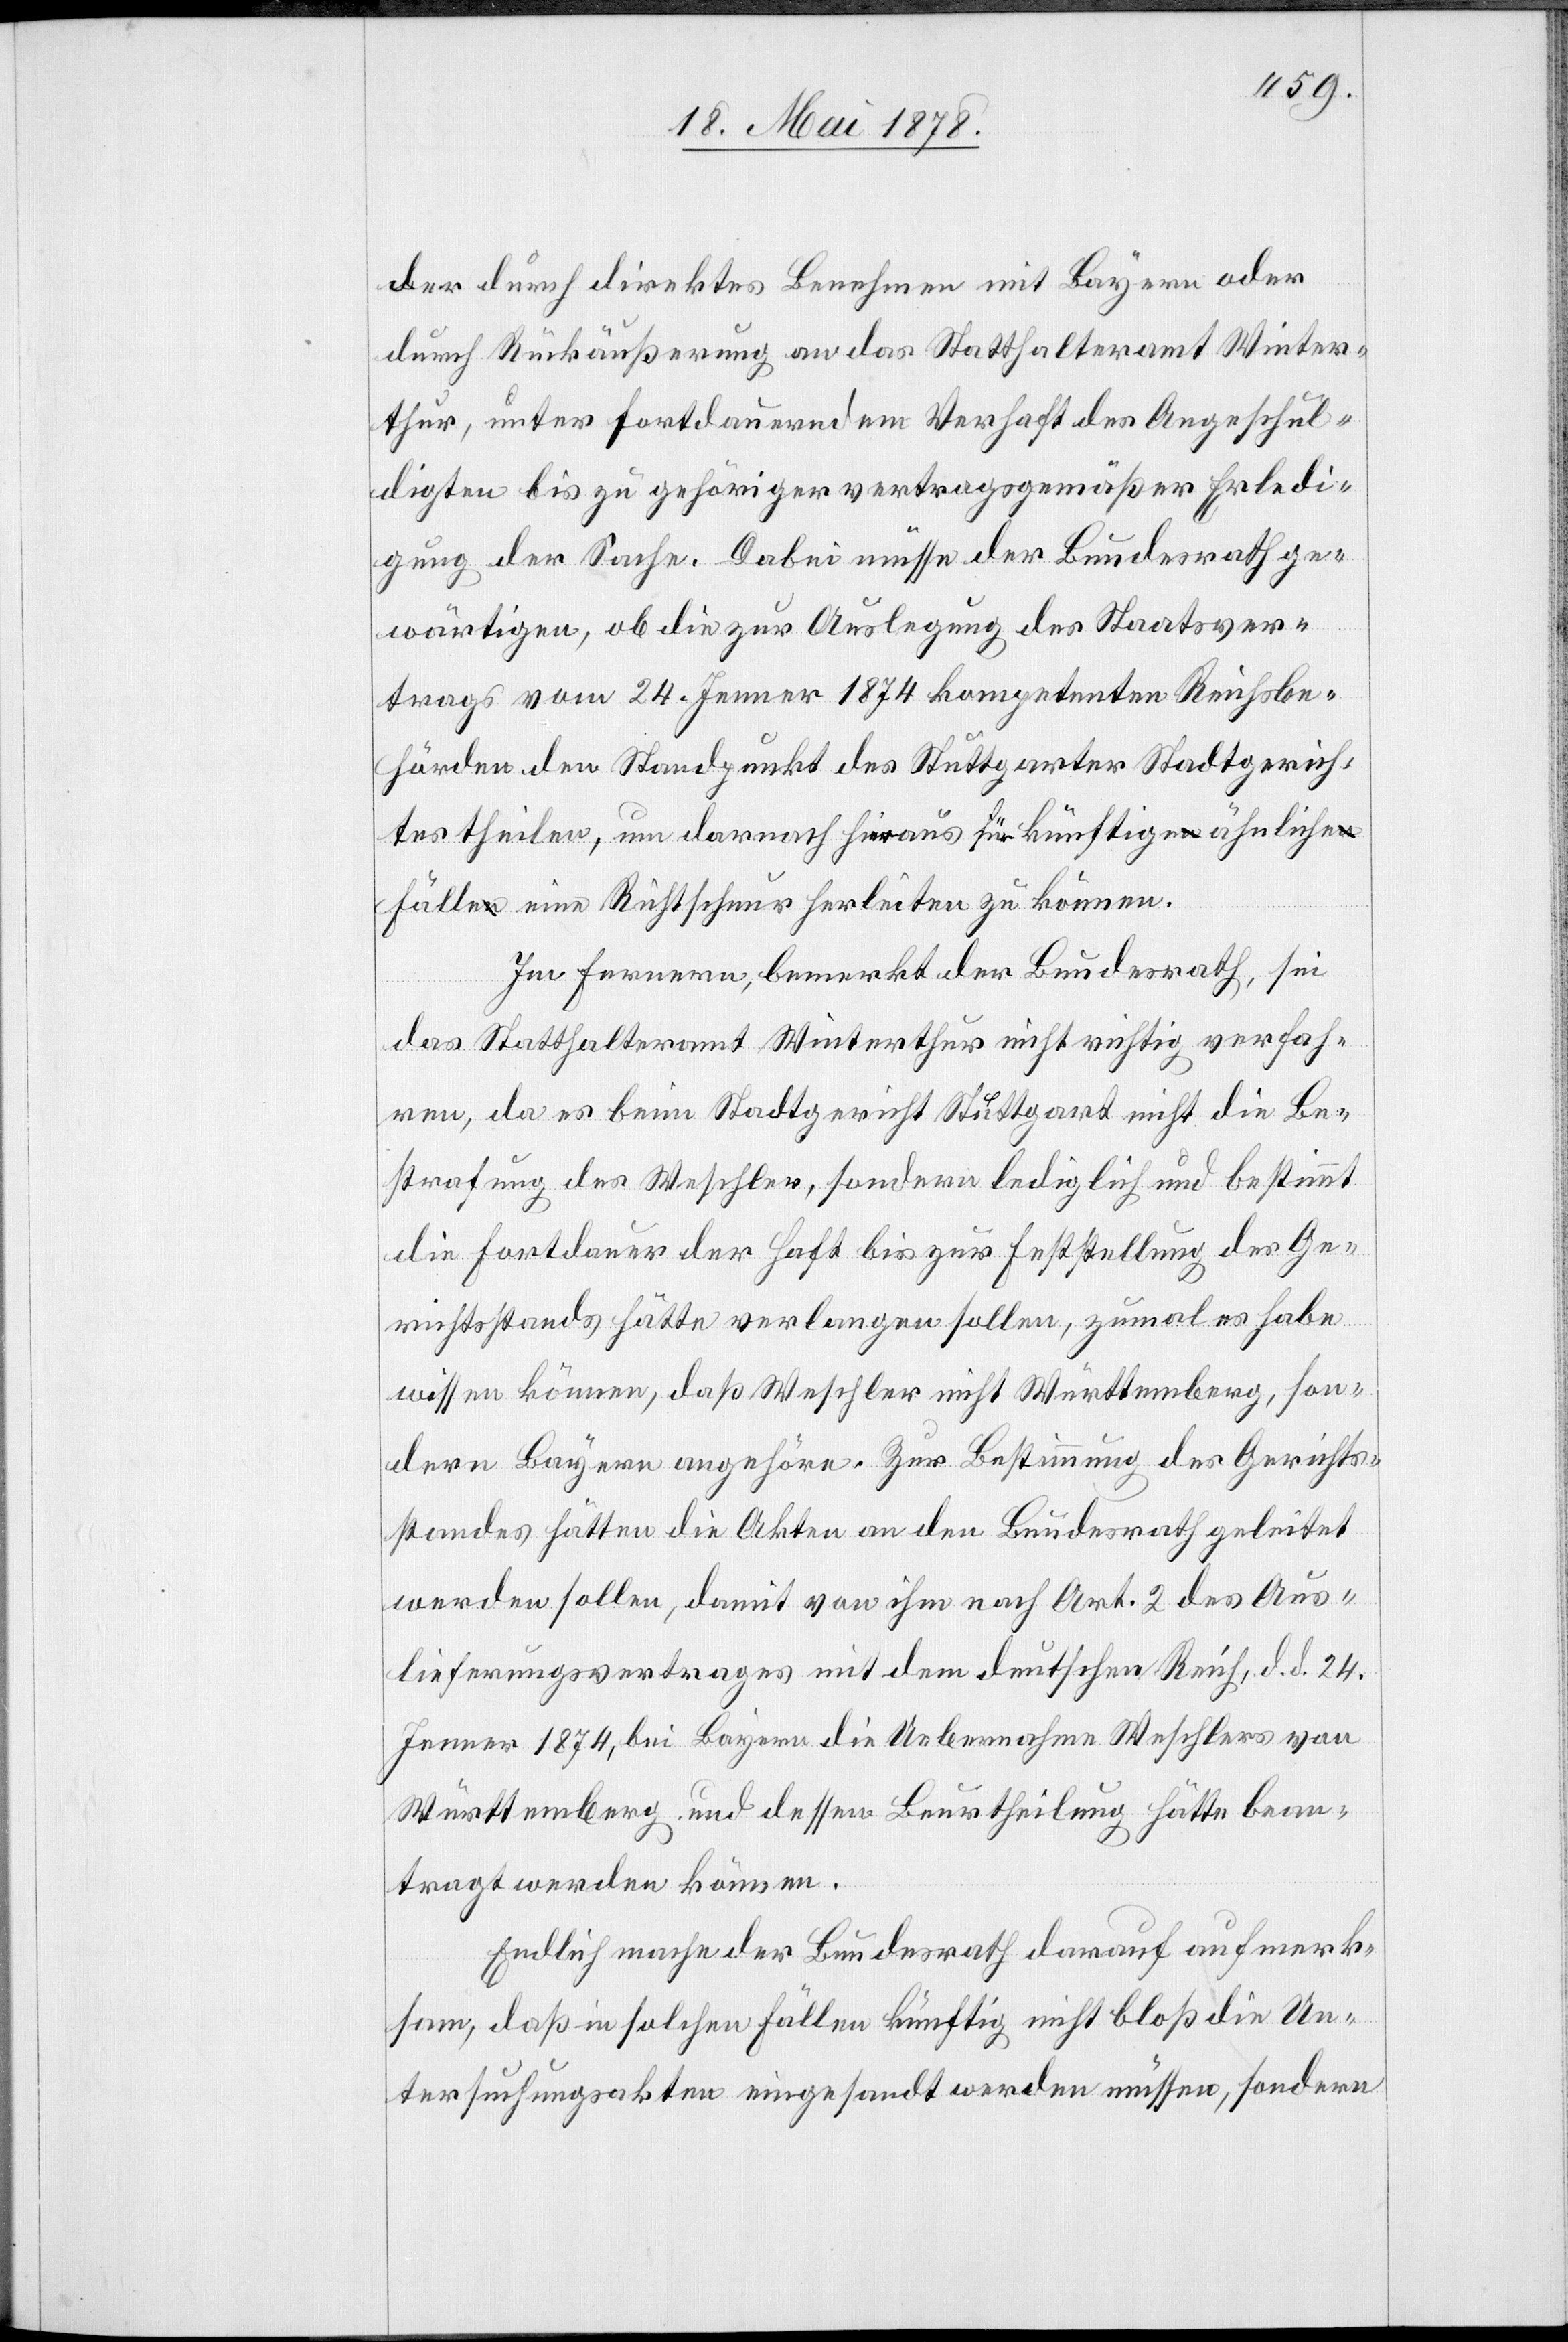
der durch direktes Benehmen mit Bayern oder
durch Rückäußerung an das Statthalteramt Winter¬
thur, unter fortdauerndem Verhaft des Angeschul¬
digten bis zu gehöriger vertragsgemäßer Erledi¬
gung der Sache. Dabei müsse der Bundesrath ge¬
wärtigen, ob die zur Auslegung des Staatsver¬
trags vom 24. Jenner 1874 kompetenten Reichsbe¬
hörden den Standpunkt des Stuttgarter Stadtgerich¬
tes theilen, um darnach hieraus für künftige ähnliche
Fälle eine Richtschnur herleiten zu können.
Im Fernern, bemerkt der Bundesrath, sei
das Statthalteramt Winterthur nicht richtig verfah¬
ren, da es beim Stadtgericht Stuttgart nicht die Be¬
strafung des Weschler, sondern lediglich und bestimmt
die Fortdauer der Haft bis zur Feststellung des Ge¬
richtsstands hätte verlangen sollen, zumal es habe
wissen können, daß Weschler nicht Württemberg, son¬
dern Bayern angehöre. Zur Bestimmung des Gerichts¬
standes hätten die Akten an den Bundesrath geleistet
werden sollen, damit von ihm nach Art. 2 des Aus¬
lieferungsvertrages mit dem deutschen Reich, d. d. 24.
Jenner 1874, bei Bayern die Uebernahme Weschlers von
Württemberg und dessen Beurtheilung hätte bean¬
tragt werden können.
Endlich mache der Bundesrath darauf aufmerk¬
sam, daß in solchen Fällen künftig nicht bloß die Un¬
tersuchungsakten eingesandt werden müssen, sondern